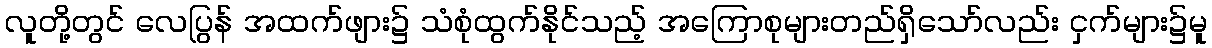
လူတို့တွင် လေပြွန် အထက်ဖျား၌ သံစုံထွက်နိုင်သည့် အကြောစုများတည်ရှိသော်လည်း ငှက်များ၌မူ